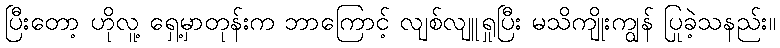
ပြီးတော့ ဟိုလူ့ ရှေ့မှာတုန်းက ဘာကြောင့် လျစ်လျူရှုပြီး မသိကျိုးကျွန် ပြုခဲ့သနည်း။